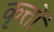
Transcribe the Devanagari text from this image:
कृत्तों